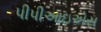
પીપીઆઇએસ